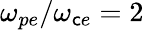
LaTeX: \omega_{pe}/\omega_{\mathsf{c}e}=2